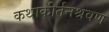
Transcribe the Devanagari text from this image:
कथाकीर्तनश्रवण